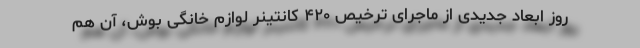
روز ابعاد جدیدی از ماجرای ترخیص ۴۲۰ کانتینر لوازم خانگی بوش، آن هم